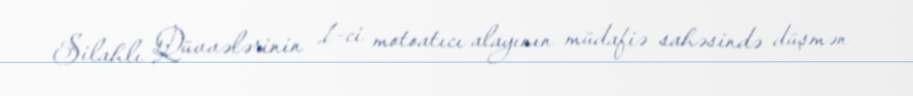
Silahlı Qüvvələrinin 1-ci motoatıcı alayının müdafiə sahəsində düşmən